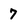
Character: 7